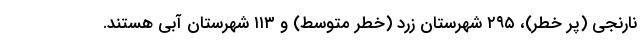
نارنجی (پر خطر)، ۲۹۵ شهرستان زرد (خطر متوسط) و ۱۱۳ شهرستان آبی هستند.